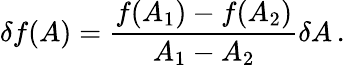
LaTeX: \delta f(A)=\frac{f(A_{1})-f(A_{2})}{A_{1}-A_{2}}\delta A\, .